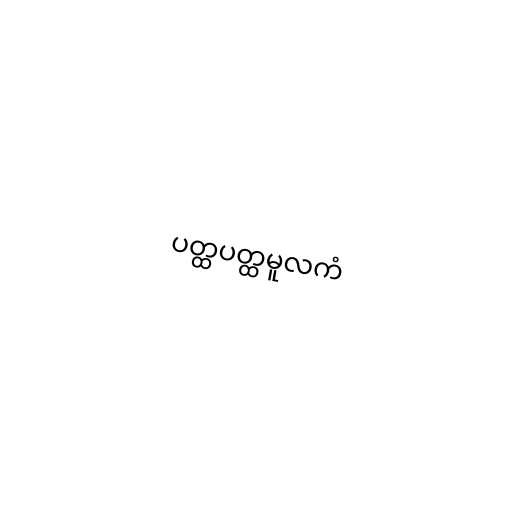
ပတ္ထပတ္ထမူလကံ